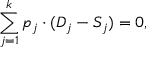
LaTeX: \sum _ { j = 1 } ^ { k } p _ { j } \cdot ( D _ { j } - S _ { j } ) = 0 ,